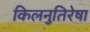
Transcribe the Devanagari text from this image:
किलनुतिरेषा